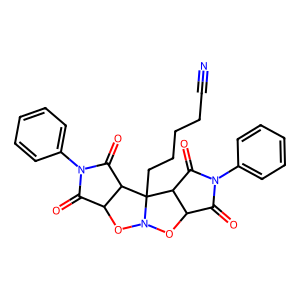
SMILES: N#CCCCCC12C3C(=O)N(c4ccccc4)C(=O)C3ON1OC1C(=O)N(c3ccccc3)C(=O)C12
Inhibits HIV replication: No